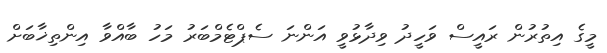
މީގެ އިތުރުން ރައީސް ވަހީދު ވިދާޅުވީ އަންނަ ސެޕްޓެމްބަރު މަހު ބާއްވާ އިންތިޚާބަށް